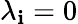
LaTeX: \lambda_{\mathbf{i}}=0